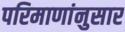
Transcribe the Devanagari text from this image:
परिमाणांनुसार